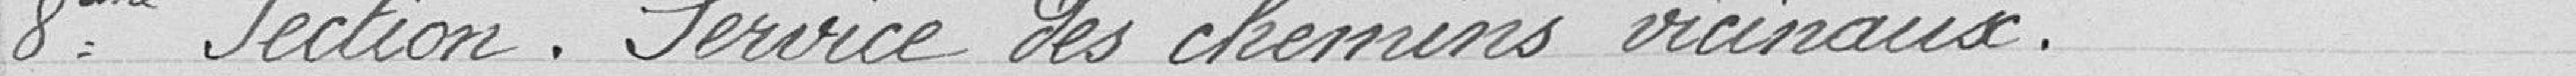
8ème Section. Services des chemins vicinaux.